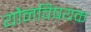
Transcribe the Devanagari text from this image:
यौनविषयक